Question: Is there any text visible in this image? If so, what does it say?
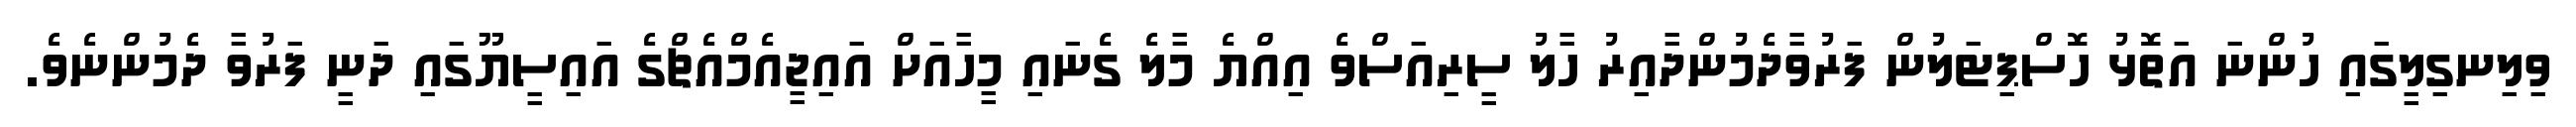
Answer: ވިލިނގިލީގައި ހުންނަ އަތޮޅު ހޮސްޕިޓަލުން ފަރުވާދެމުންދާއިރު ހާލު ސީރިއަސްވެ އިއްޔެ މާލެ ގެނައި މީހާއަށް އައިޖީއެމްއެޗްގެ އައިސީޔޫގައި ދަނީ ފަރުވާ ދެމުންނެވެ.